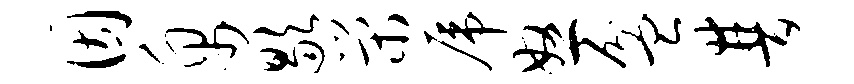
因帛歇荣虎怒盆普